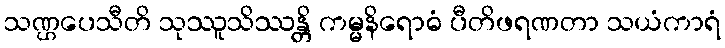
သဏ္ဌပေသီတိ သုဿူသိဿန္တိ ကမ္မနိရောဓံ ပီတိဖရဏတာ သယံကာရံ